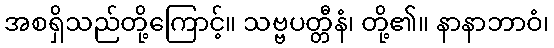
အစရှိသည်တို့ကြောင့်။ သဗ္ဗပတ္တီနံ၊ တို့၏။ နာနာဘာဝံ၊